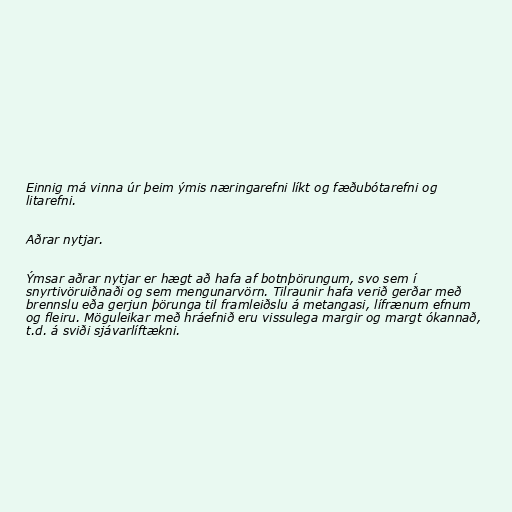
Einnig má vinna úr þeim ýmis næringarefni líkt og fæðubótarefni og
litarefni.

Aðrar nytjar.

Ýmsar aðrar nytjar er hægt að hafa af botnþörungum, svo sem í
snyrtivöruiðnaði og sem mengunarvörn. Tilraunir hafa verið gerðar með
brennslu eða gerjun þörunga til framleiðslu á metangasi, lífrænum efnum
og fleiru. Möguleikar með hráefnið eru vissulega margir og margt ókannað,
t.d. á sviði sjávarlíftækni.